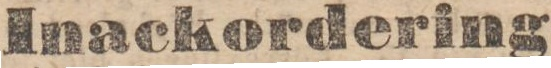
Inackordering